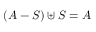
( A - S ) \uplus S = A